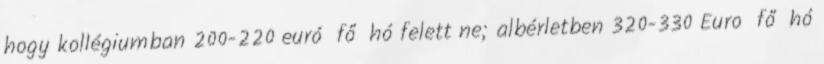
hogy kollégiumban 200-220 euró fő hó felett ne; albérletben 320-330 Euro fő hó